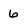
Character: 6